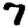
Digit: 7